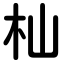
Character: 杣